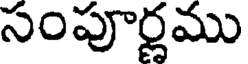
సంపూర్ణము